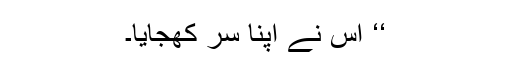
‘‘ اس نے اپنا سر کھجایا۔